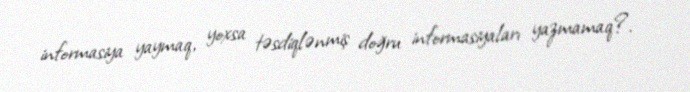
informasiya yaymaq, yoxsa təsdiqlənmiş doğru informasiyaları yazmamaq?.